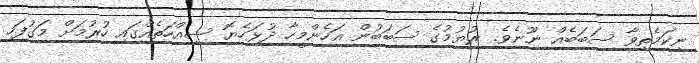
ނިކަމެތިވާ ސަބަބެއް ނޫނެވެ. ރުޔުމުގެ ސަބަބުން އަހެންމީހާ ދުޅަހެޔޮ ސިއްހަތެއްގައި ހުރުމަށް މަގުފަހި